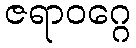
ဇရာဝဂ္ဂေ